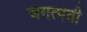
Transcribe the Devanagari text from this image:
जगत्पती